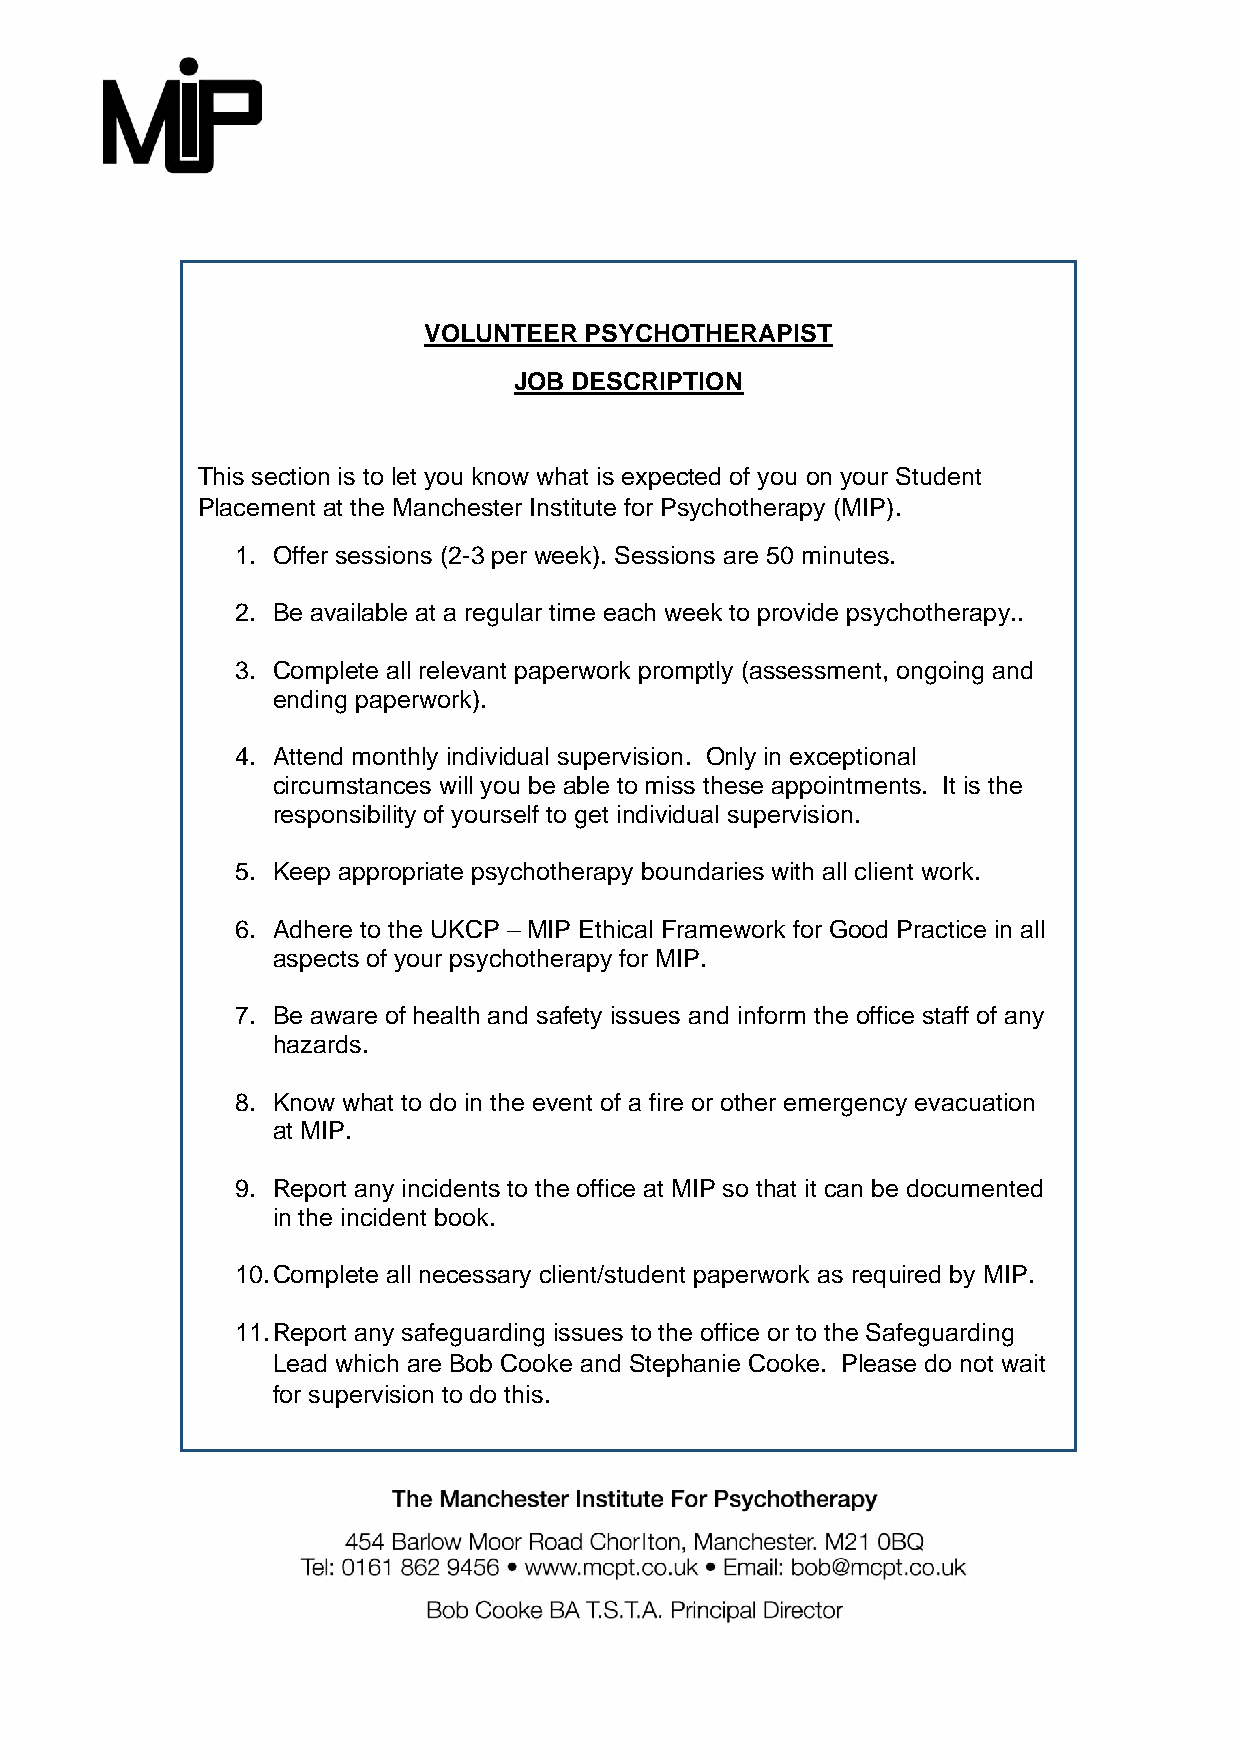
VOLUNTEER  PSYCHOTHERAPIST
 JOB DESCRIPTION
 This section is to let you know what is expected of you on your Student
 Placement at the Manchester Institute for Psychotherapy (MIP).
 1. Offer sessions (2-3 per week). Sessions are 50 minutes.
 2. Be available at a regular time each week to provide psychotherapy..
 3. Complete all relevant paperwork promptly (assessment, ongoing and
 ending paperwork).
 4. Attend monthly individual supervision. Only in exceptional
 circumstances will you be able to miss these appointments. It is the
 responsibility of yourself to get individual supervision.
 5. Keep appropriate psychotherapy boundaries with all client work.
 6. Adhere to the UKCP – MIP Ethical Framework for Good Practice in all
 aspects of your psychotherapy for MIP.
 7. Be aware of health and safety issues and inform the office staff of any
 hazards.
 8. Know what to do in the event of a fire or other emergency evacuation
 at MIP.
 9. Report any incidents to the office at MIP so that it can be documented
 in the incident book.
 10. Complete all necessary client/student paperwork as required by MIP.
 11. Report any safeguarding issues to the office or to the Safeguarding
 Lead which are Bob Cooke and Stephanie Cooke. Please do not wait
 for supervision to do this.